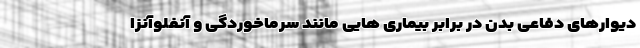
دیوارهای دفاعی بدن در برابر بیماری هایی مانند سرماخوردگی و آنفلوآنزا